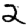
Digit: 2